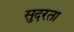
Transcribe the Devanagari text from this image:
सुदरता